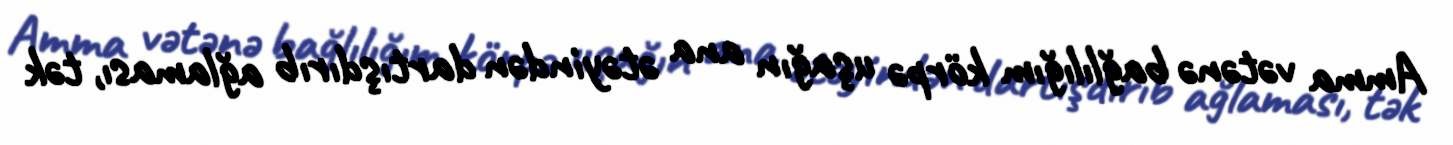
Amma vətənə bağlılığım körpə uşağın ana ətəyindən dartışdırıb ağlaması, tək